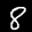
Label: 8